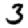
Digit: 3